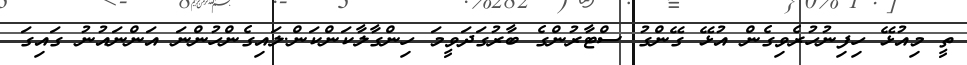
ތީ މިއުޅޭ ހިފިނުހުރެވިގެން އުޅޭ ގޭންގު ސްޓާރުންގެ ބާރުގަދަވީމަ ހިންގާލާކަންކަން.ލައިގެންހުންނަ އަންނައުނު ގައިގަ